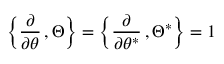
\left\{ { \frac { \partial } { \partial \theta } } \, , \Theta \right\} = \left\{ { \frac { \partial } { \partial \theta ^ { * } } } \, , \Theta ^ { * } \right\} = 1